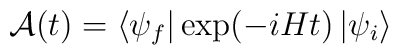
{\cal{A}}(t)=\left \langle \psi_f \right|\exp(-iHt)\left| \psi_i\right \rangle